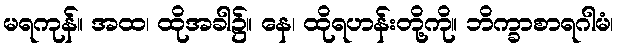
မရကုန်။ အထ၊ ထိုအခါ၌။ နေ၊ ထိုရဟန်းတို့ကို။ ဘိက္ခာစာရဂါမံ၊